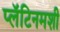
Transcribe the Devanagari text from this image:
प्लॅटिनमशी